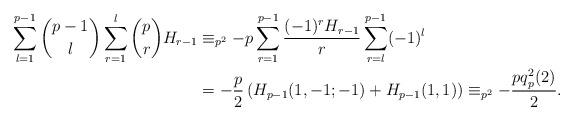
LaTeX: \begin{align*}\sum_{l=1}^{p-1}\binom{p-1}{l}\sum_{r=1}^{l}\binom{p}{r}H_{r-1}&\equiv_{p^2}-p\sum_{r=1}^{p-1}\frac{(-1)^rH_{r-1}}{r}\sum_{r=l}^{p-1}(-1)^l\\&=-\frac{p}{2}\left(H_{p-1}(1,-1;-1)+H_{p-1}(1,1)\right)\equiv_{p^2} -\frac{pq_p^2(2)}{2}.\end{align*}